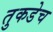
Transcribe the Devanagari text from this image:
तुकडेच